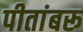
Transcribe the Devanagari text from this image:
पीतांबरू